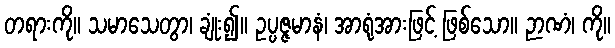
တရားကို။ သမာသေတွာ၊ ချုံး၍။ ဥပ္ပဇ္ဇမာနံ၊ အာရုံအားဖြင့် ဖြစ်သော။ ဉာဏံ၊ ကို။